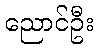
ညောင်ဦး